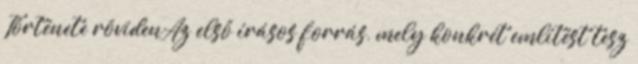
Története rövidenAz első írásos forrás, mely konkrét említést tesz